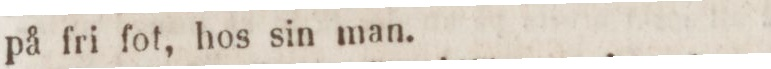
på fri fot, hos sin man.